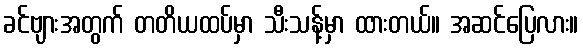
ခင်ဗျားအတွက် တတိယထပ်မှာ သီးသန့်မှာ ထားတယ်။ အဆင်ပြေလား။